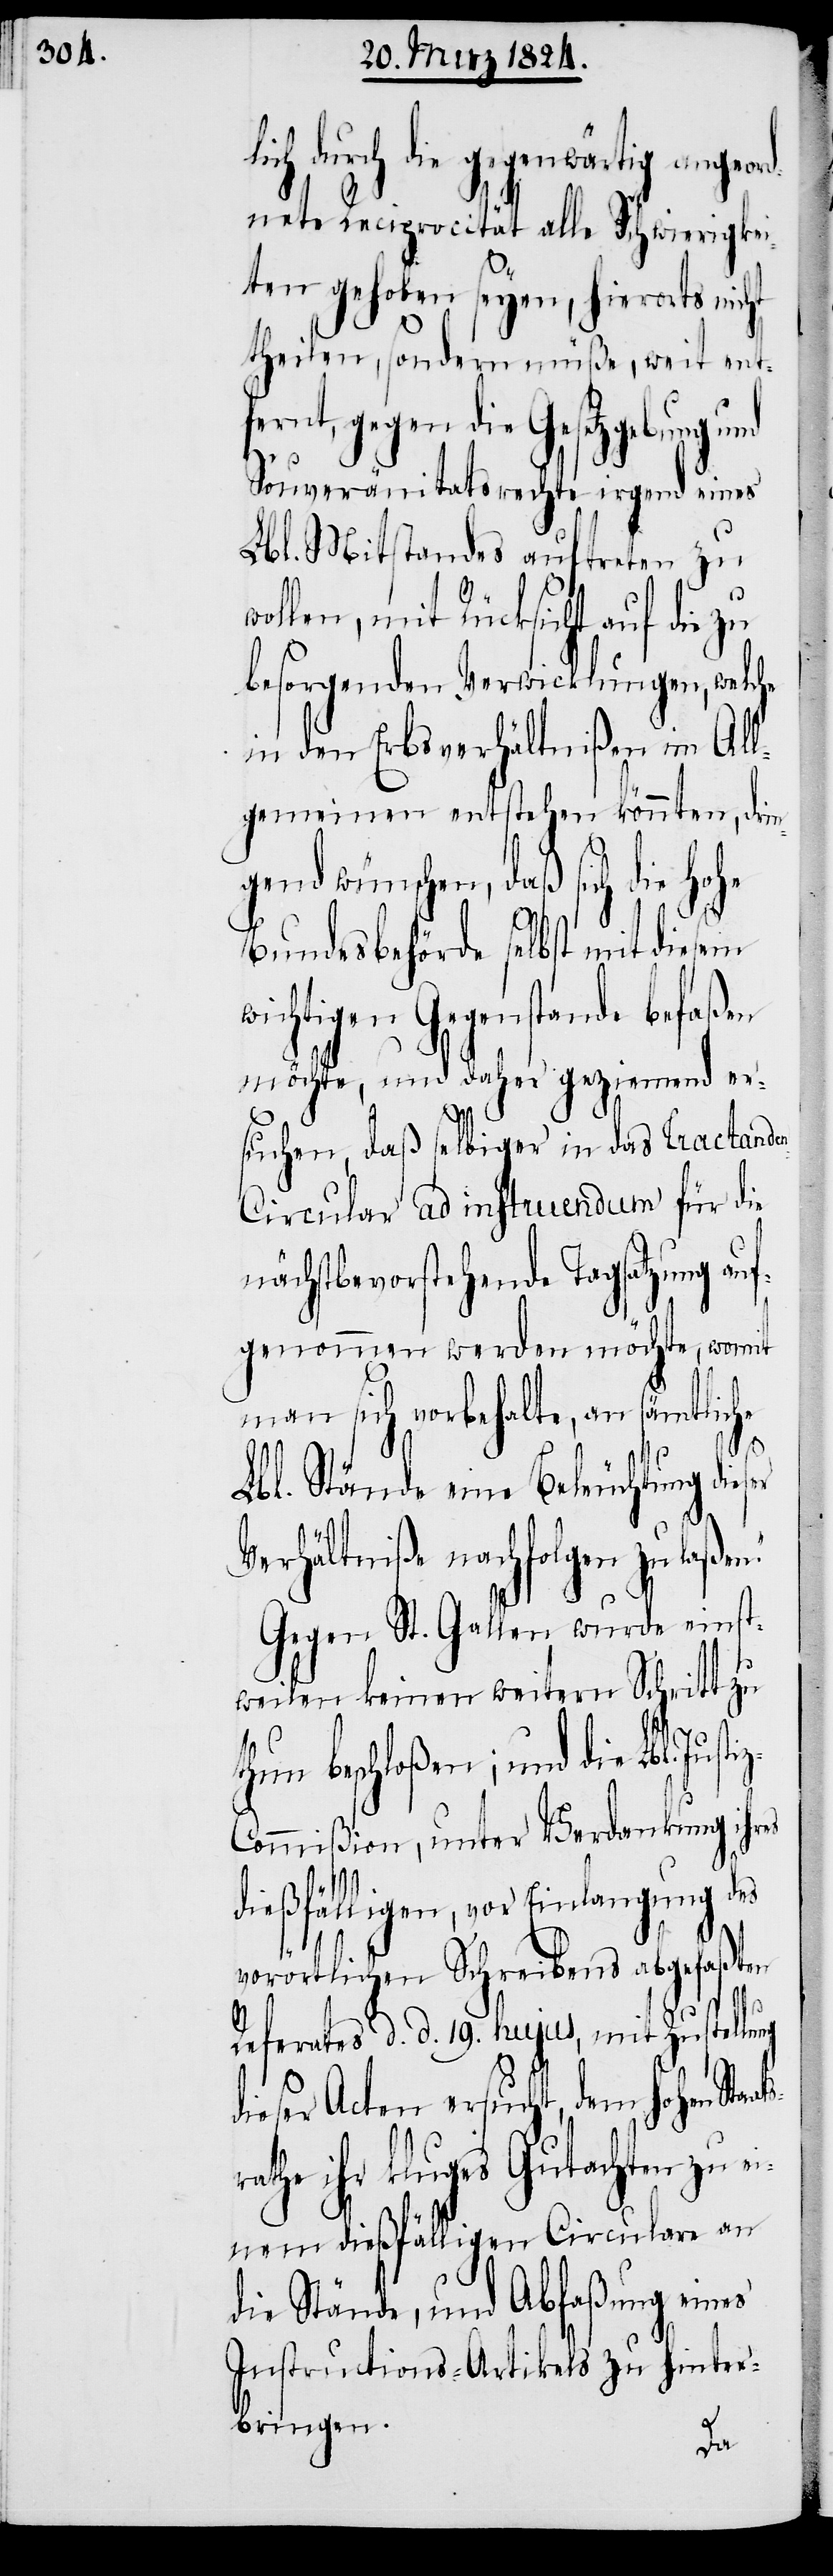
ch durch die gegenwärtig angeo¬
rdnete Reciprocität alle Schwierigkei¬
ten gehoben seyen, hierorts nicht
theilen, sondern müße, weit ent¬
fernt, gegen die Gesetzgebung
Souveränitätsrechte irgend eines
Lbl. Mitstandes auftreten zu
ollen, mit Rücksicht auf die zu
besorgenden Verwicklungen, welche
in den Erbsverhältnißen im All¬
gemeinen entstehen könnten, drin¬
gend wünschen, daß sich die Hohe
ats¬
Bundesbehörde selbst mit diesem
ichtigen Gegenstande befaßen
möchte, und daher geziemend er¬
suchen, daß selbiger in das Tractande¬
n-Circular ad instruendum für die
nächstbevorstehende Tagsatzung auf¬
genommen werden möchte, womit
man sich vorbehalte, an sämtliche
Lbl. Stände eine Beleuchtung die¬
Verhältniße nachfolgen zu laße¬
Gegen St. Gallen wurde einst¬
weilen keinen weitern Schritt zu
hun beschloßen; und die Lbl. Ju¬
ommißion, unter Verdankung ihres
dießfälligen, vor Einlangung des
vorörtlichen Schreibens abgefaßten
ng
Referates d. d. 19. hujus, mit Zustellu¬
dieser Acten ersucht, dem hohen Sta¬
rathe ihr kluges Gutachten zu ei¬
nem dießfälligen Circulare an
die Stände, und Abfaßung eines
Instructions-Artikels zu hinter¬
bringen.